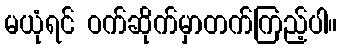
မယုံရင် ဝက်ဆိုက်မှာတက်ကြည့်ပါ။